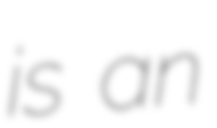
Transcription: is an